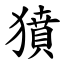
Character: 獖